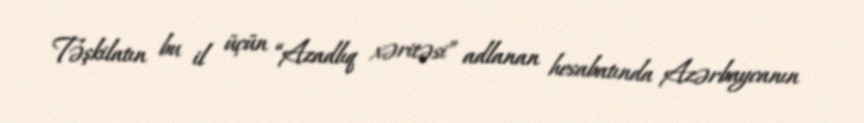
Təşkilatın bu il üçün “Azadlıq xəritəsi” adlanan hesabatında Azərbaycanın